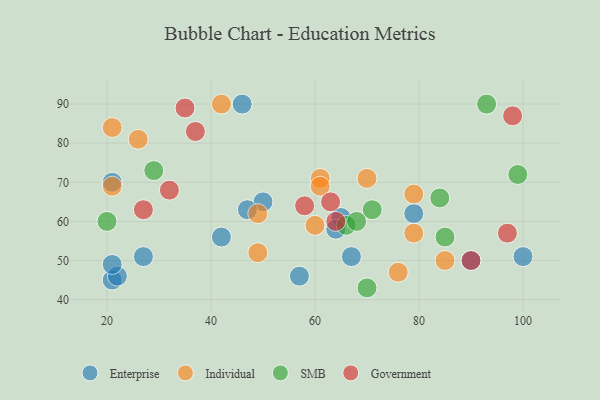
{"axis": {"x": "GDP", "y": "Life Expectancy"}, "legend": ["Enterprise", "Government", "Individual", "SMB"], "data": [{"x": "50", "y": 65, "type": "Enterprise"}, {"x": "21", "y": 45, "type": "Enterprise"}, {"x": "22", "y": 46, "type": "Enterprise"}, {"x": "46", "y": 90, "type": "Enterprise"}, {"x": "67", "y": 51, "type": "Enterprise"}, {"x": "42", "y": 56, "type": "Enterprise"}, {"x": "47", "y": 63, "type": "Enterprise"}, {"x": "21", "y": 49, "type": "Enterprise"}, {"x": "100", "y": 51, "type": "Enterprise"}, {"x": "90", "y": 50, "type": "Enterprise"}, {"x": "27", "y": 51, "type": "Enterprise"}, {"x": "57", "y": 46, "type": "Enterprise"}, {"x": "21", "y": 70, "type": "Enterprise"}, {"x": "79", "y": 62, "type": "Enterprise"}, {"x": "65", "y": 61, "type": "Enterprise"}, {"x": "64", "y": 58, "type": "Enterprise"}, {"x": "21", "y": 84, "type": "Individual"}, {"x": "61", "y": 71, "type": "Individual"}, {"x": "26", "y": 81, "type": "Individual"}, {"x": "61", "y": 69, "type": "Individual"}, {"x": "79", "y": 67, "type": "Individual"}, {"x": "79", "y": 57, "type": "Individual"}, {"x": "21", "y": 69, "type": "Individual"}, {"x": "49", "y": 52, "type": "Individual"}, {"x": "76", "y": 47, "type": "Individual"}, {"x": "60", "y": 59, "type": "Individual"}, {"x": "85", "y": 50, "type": "Individual"}, {"x": "42", "y": 90, "type": "Individual"}, {"x": "49", "y": 62, "type": "Individual"}, {"x": "70", "y": 71, "type": "Individual"}, {"x": "66", "y": 59, "type": "SMB"}, {"x": "29", "y": 73, "type": "SMB"}, {"x": "84", "y": 66, "type": "SMB"}, {"x": "93", "y": 90, "type": "SMB"}, {"x": "71", "y": 63, "type": "SMB"}, {"x": "70", "y": 43, "type": "SMB"}, {"x": "99", "y": 72, "type": "SMB"}, {"x": "20", "y": 60, "type": "SMB"}, {"x": "68", "y": 60, "type": "SMB"}, {"x": "85", "y": 56, "type": "SMB"}, {"x": "32", "y": 68, "type": "Government"}, {"x": "64", "y": 60, "type": "Government"}, {"x": "27", "y": 63, "type": "Government"}, {"x": "90", "y": 50, "type": "Government"}, {"x": "98", "y": 87, "type": "Government"}, {"x": "97", "y": 57, "type": "Government"}, {"x": "37", "y": 83, "type": "Government"}, {"x": "58", "y": 64, "type": "Government"}, {"x": "63", "y": 65, "type": "Government"}, {"x": "35", "y": 89, "type": "Government"}]}